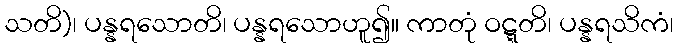
သတိ)၊ ပန္နရသောတိ၊ ပန္နရသောဟူ၍။ ကာတုံ ဝဋ္ဋတိ၊ ပန္နရသိကံ၊